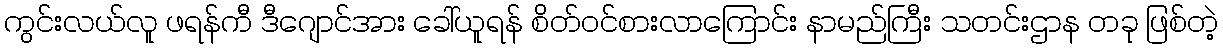
ကွင်းလယ်လူ ဖရန်ကီ ဒီဂျောင်အား ခေါ်ယူရန် စိတ်ဝင်စားလာကြောင်း နာမည်ကြီး သတင်းဌာန တခု ဖြစ်တဲ့